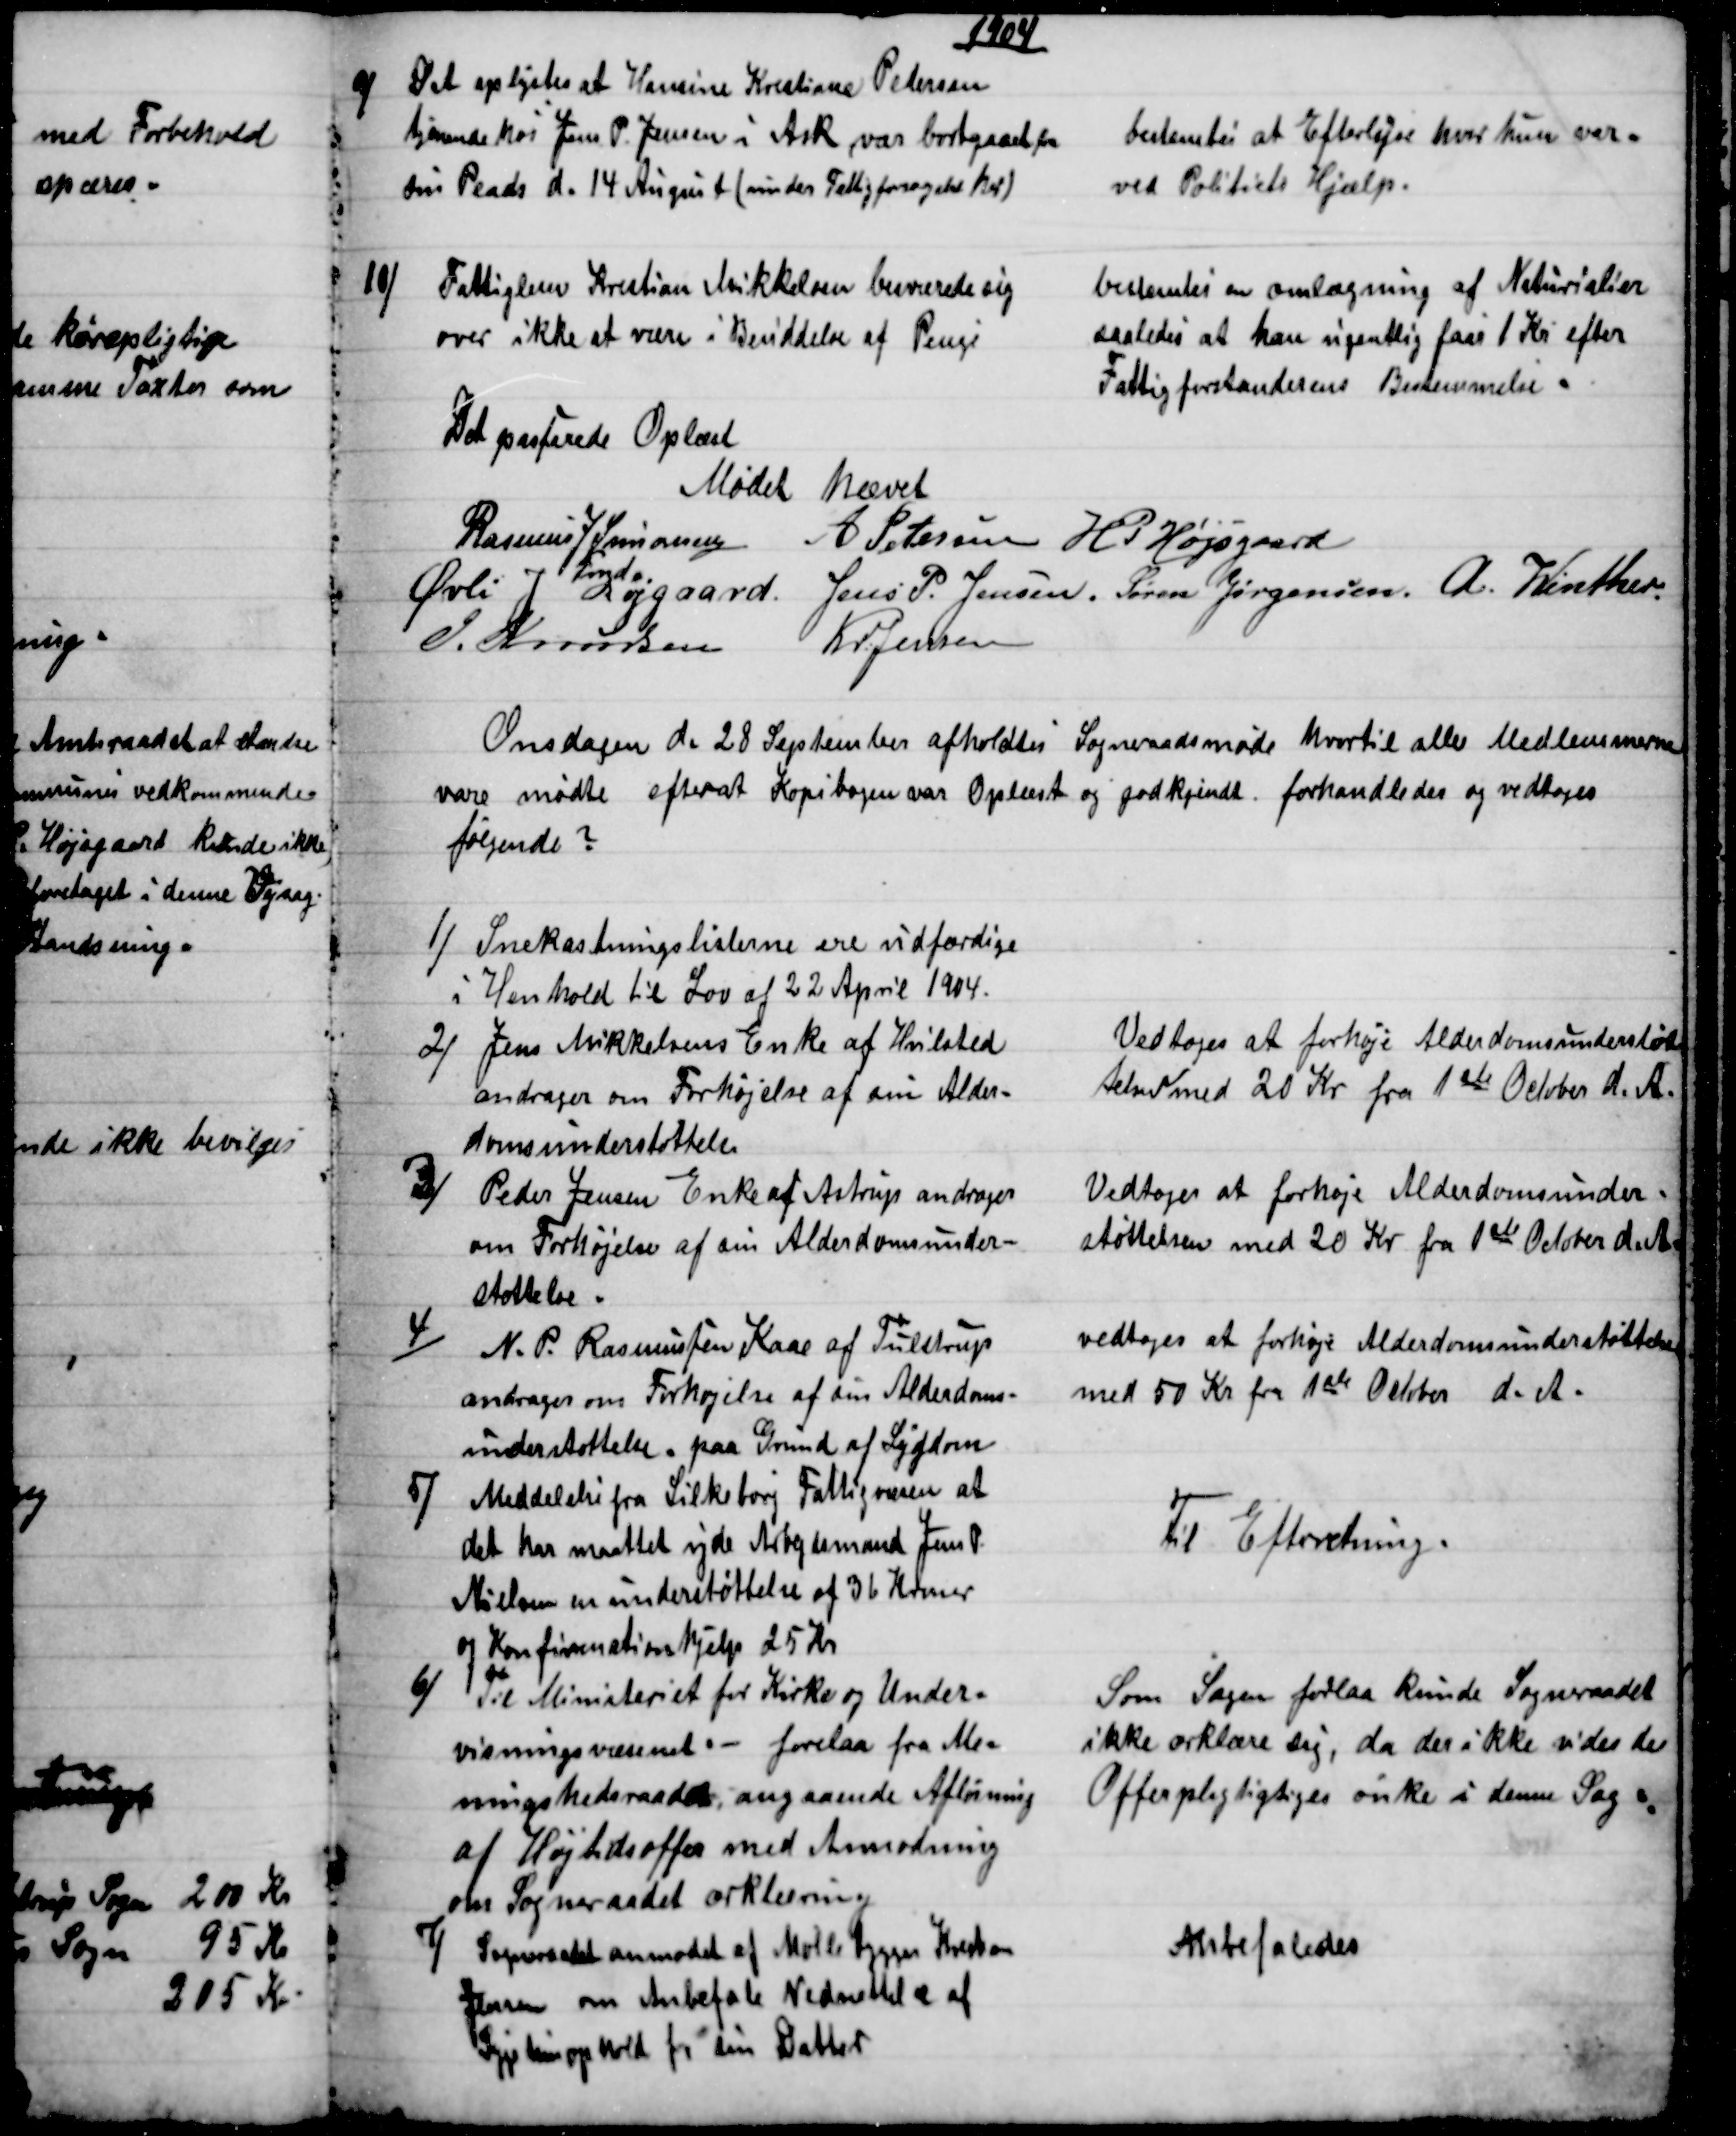
Transskription:
1904
9)
Det oplystes at Hansine Kristiane Petersen
tjenende hos Jens P. Jensen i Ask var bortgaaet fra
sin Plads d. 14 August (under Fattigforsørgelse her)
bestemtes at Efterlyse hvor kun var -
ved Politiets Hjælp.
10) 
Fattiglem Kristian Mikkelsen besværede sig
over ikke at være i Besiddelse af Penge
bestemtes en omlægning af Naturialier
saaledes at han ugentlig faar 1 Kr efter
Fattigforstanderens Bestemmelse 
Det passerede Oplæst
Mødet hævet
Rasmus J Simonsen
Fmd.
A Petersen H. P. Højsgaard
Øvli J Røjgaard. Jens P. Jensen. Søren Jørgensen. A. Winther.
J. Knudsen
Kr. Jensen
Onsdagen d. 28 September afholdtes Sogneraadsmøde hvortil alle Medlemmerne
vare mødte efterat Kopibogen var Oplæst og godkjendt. forhandledes og vedtoges
følgende?
1) 
Snekastningslisterne ere udfærdige
i Henhold til Lov af 22 April 1904.
2) 
Jens Mikkelsens Enke af Hvilsted
andrager om Forhøjelse af sin Alder-
domsunderstøttelse
Vedtoges at forhøje Alderdomsunderstøt
telsen med 20 Kr fra 1ste October d. A.
3)
Peder Jensen Enke af Astrup andrager
om Forhøjelse af sin Alderdomsunder-
støttelse.
Vedtoges at forhøje Alderdomsunder-
støttelsen med 20 Kr fra 1ste October d. A.
4)
N. P. Rasmussen Kaae af Tulstrup
andrager om Forhøjelse af den Alderdoms-
understøttelse. paa Grund af Sygdom
vedtoges at forhøje Alderdomsunderstøttelsen
med 50 Kr fra 1ste October d. A.
5)
Meddelelse fra Silkeborg Fattigvæsen at
det har maattet vide Arbejdsmand Jens P.
Nielsen en understøttelse af 36 Kroner
og Konfirminationshjelp 25 Kr.
Til Efterretning.
6)
Til Ministeriet for Kirke og Under-
visningsvæsenet. - forelaa fra Me-
ningshedsraadet, angaaende Afløsning
af Højtidsoffer med Anmodning
om Sogneraadet ærklæring.
Som Sagen forlaa kunde Sogneraadet
ikke ærklære sig, da der ikke vides de
Offerpligtigtiges ønke i denne Sag
7) 
Sogneraadet anmodet af Møllebygger Kresten
Jensen om Anbefale Nedsættelse af
Sygehusophold for sin Datter
Anbefaledes